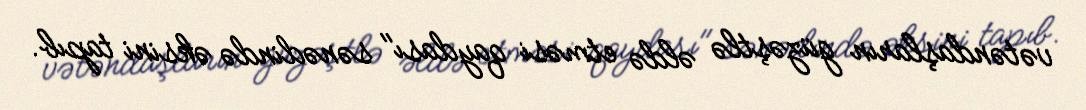
vətəndaşların güzəştlə əldə etməsi qaydası" sənədində əksini tapıb.